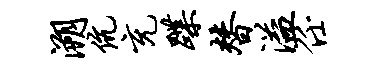
溯伉充蹀替溢任